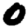
Digit: 0